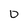
Character: 0